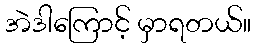
အဲဒါကြောင့် မှာရတယ်။